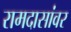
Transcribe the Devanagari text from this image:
रामदासांवर